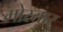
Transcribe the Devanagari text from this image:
मोस्तार्